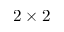
2 \times 2